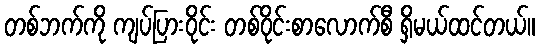
တစ်ဘက်ကို ကျပ်ပြားဝိုင်း တစ်ဝိုင်းစာလောက်စီ ရှိမယ်ထင်တယ်။